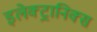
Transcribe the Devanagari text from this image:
इलेक्ट्रानिक्स